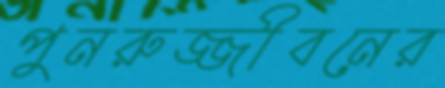
পুনরুজ্জীবনের